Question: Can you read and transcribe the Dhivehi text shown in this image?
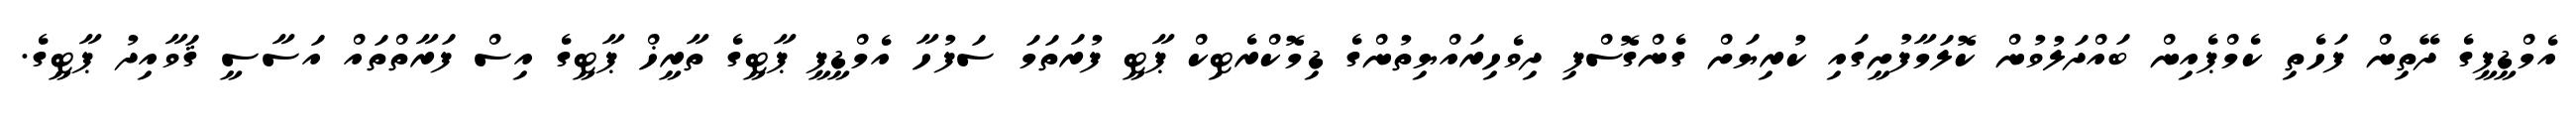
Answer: އެމްޑީޕީގެ ދޭތިން ފަހެތި ކެމްޕެއިން ބައްދަލުވުން ކޮލަމާފުށީގައި ކުރިޔަށް ގެންގޮސްފި ދިވެހިރައްޔިތުންގެ ޑިމޮކްރެޓިކް ޕާޓީ ފުރަތަމަ ސަފުހާ އެމްޑީޕީ ޕާޓީގެ ތާރީޚް ޕާޓީގެ އިސް ފަރާތްތައް އަސާސީ ޤަވާއިދު ޕާޓީގެ.